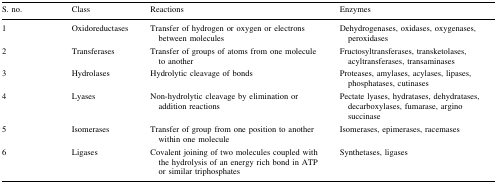
<table><thead><tr><td><b>S. no.</b></td><td><b>Class</b></td><td><b>Reactions</b></td><td><b>Enzymes</b></td></tr></thead><tbody><tr><td>1</td><td>Oxidoreductases</td><td>Transfer of hydrogen or oxygen or electrons between molecules</td><td>Dehydrogenases, oxidases, oxygenases, peroxidases</td></tr><tr><td>2</td><td>Transferases</td><td>Transfer of groups of atoms from one molecule to another</td><td>Fructosyltransferases, transketolases, acyltransferases, transaminases</td></tr><tr><td>3</td><td>Hydrolases</td><td>Hydrolytic cleavage of bonds</td><td>Proteases, amylases, acylases, lipases, phosphatases, cutinases</td></tr><tr><td>4</td><td>Lyases</td><td>Non-hydrolytic cleavage by elimination or addition reactions</td><td>Pectate lyases, hydratases, dehydratases, decarboxylases, fumarase, argino succinase</td></tr><tr><td>5</td><td>Isomerases</td><td>Transfer of group from one position to another within one molecule</td><td>Isomerases, epimerases, racemases</td></tr><tr><td>6</td><td>Ligases</td><td>Covalent joining of two molecules coupled with the hydrolysis of an energy rich bond in ATP or similar triphosphates</td><td>Synthetases, ligases</td></tr></tbody></table>